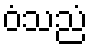
ဝံသညံ